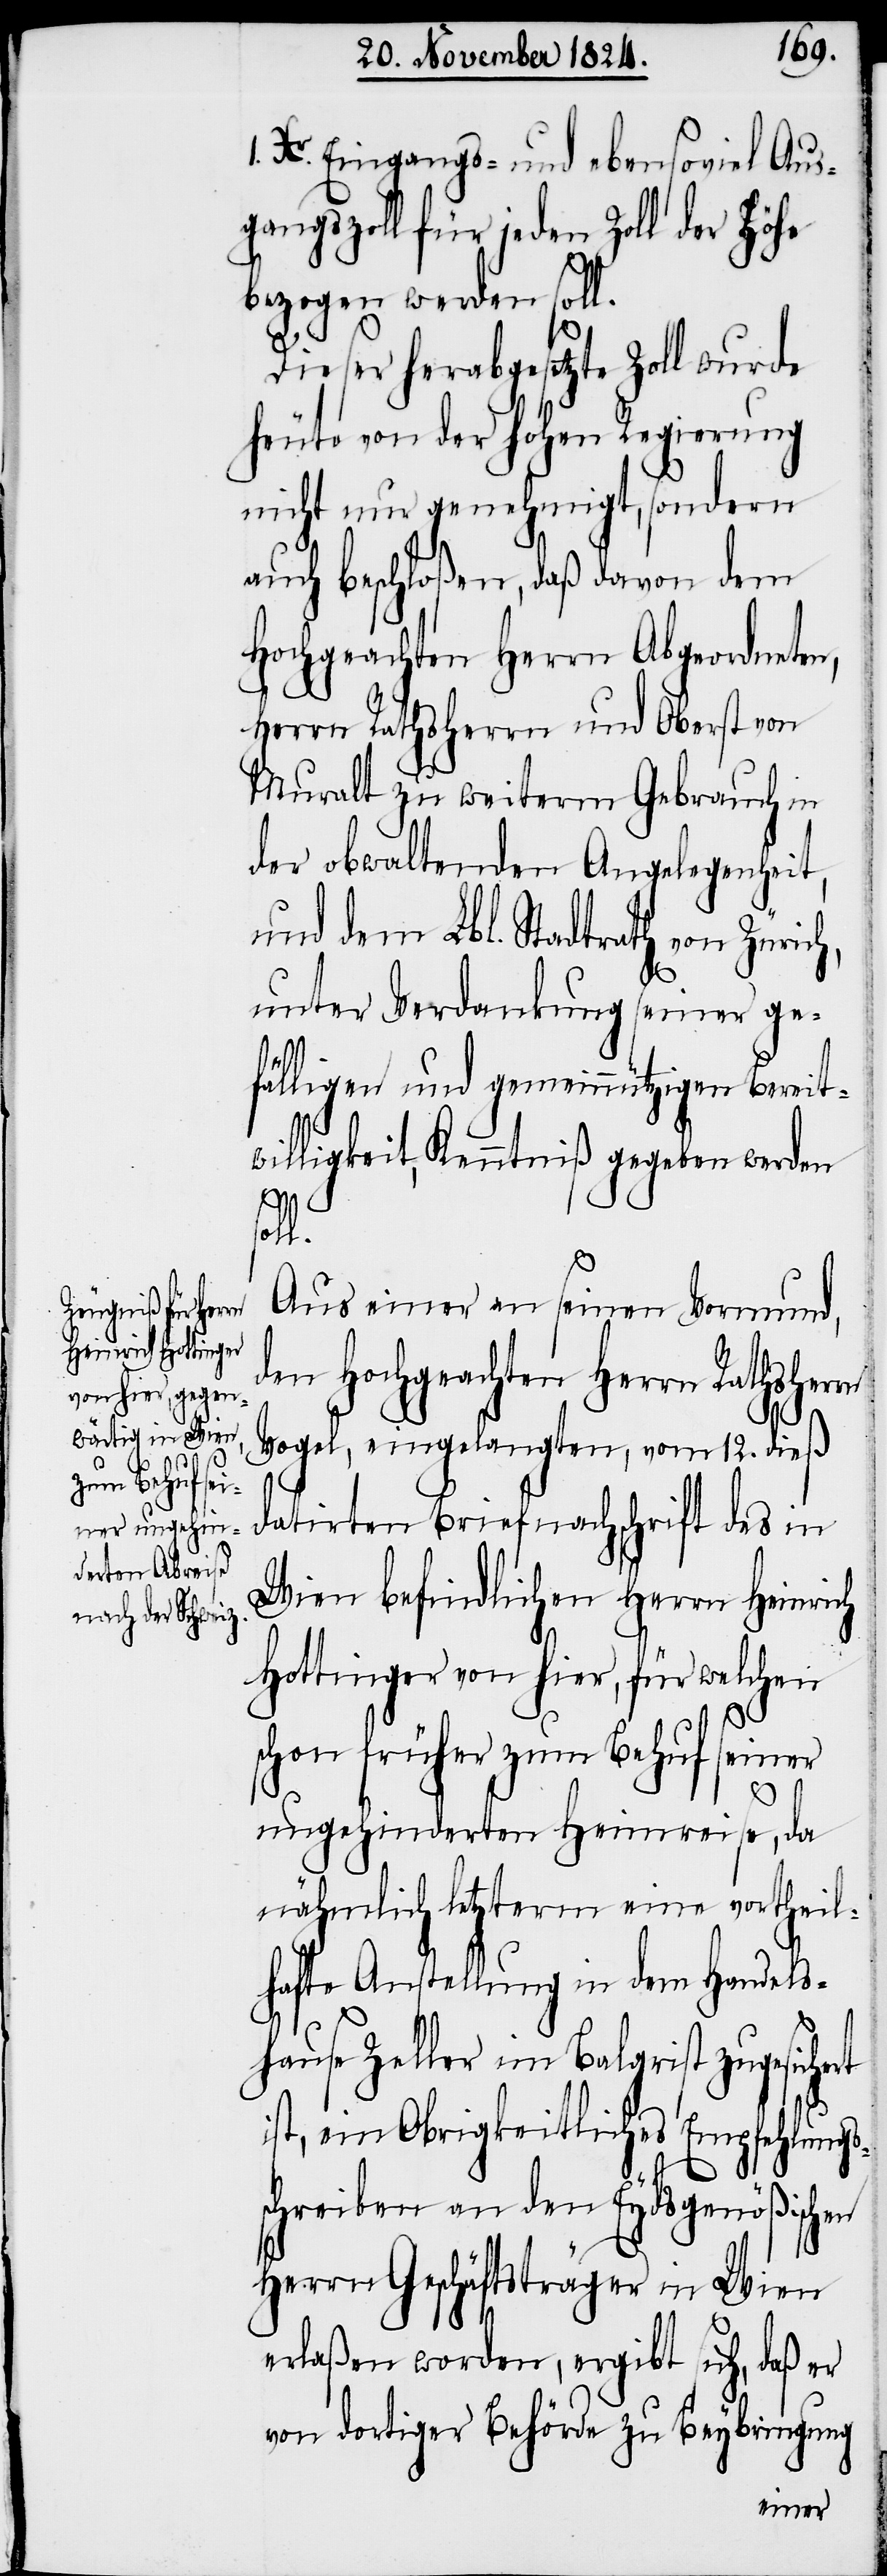
Xr. Eingangs- und ebensoviel Aus¬
gangszoll für jeden Zoll der Höhe
bezogen werden soll.
Dieser herabgesetzte Zoll wurde
heute von der hohen Regierung
nicht nur genehmigt, sondern
auch beschloßen, daß davon dem
Hochgeachten Herrn Abgeordneten,
Herrn Rathsherrn und Oberst von
Muralt zu weiterm Gebrauch in
der obwaltenden Angelegenheit,
und dem Lbl. Stadtrath von Züric¬
h,
unter Verdankung seiner ge¬
fälligen und gemeinnützigen Bereit¬
willigkeit, Kenntniß gegeben werden
Aus einer an seinen Vormund,
den Hochgeachten Herrn Rathsherrn
Vogel, eingelangten, vom 12. dieß
datirten Briefnachschrift des in
Wien befindlichen Herrn Heinrich
Hottinger von hier, für welchen
schon früher zum Behuf seiner
ungehinderten Heimreise, da
nähmlich letzterm eine vortheil¬
hafte Anstellung in dem Handels¬
hause Zeller im Balgrist zugesichert
ist, ein Obrigkeitliches Empfehlungs¬
schreiben an den Eydsgenößischen
Herrn Geschäftsträger in Wien
erlaßen werden, ergibt sich, daß er
von dortiger Behörde zu Beybringung